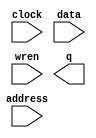
// megafunction wizard: %RAM: 1-PORT%VBB%
// GENERATION: STANDARD
// VERSION: WM1.0
// MODULE: altsyncram 

// ============================================================
// Megafunction Name(s):
// 			altsyncram
//
// Simulation Library Files(s):
// 			altera_mf
// ============================================================
// ************************************************************
// THIS IS A WIZARD-GENERATED FILE. DO NOT EDIT THIS FILE!
//
// 16.1.2 Build 203 01/18/2017 SJ Lite Edition
// ************************************************************

//Copyright (C) 2017  Intel Corporation. All rights reserved.
//Your use of Intel Corporation's design tools, logic functions 
//and other software and tools, and its AMPP partner logic 
//functions, and any output files from any of the foregoing 
//(including device programming or simulation files), and any 
//associated documentation or information are expressly subject 
//to the terms and conditions of the Intel Program License 
//Subscription Agreement, the Intel Quartus Prime License Agreement,
//the Intel MegaCore Function License Agreement, or other 
//applicable license agreement, including, without limitation, 
//that your use is for the sole purpose of programming logic 
//devices manufactured by Intel and sold by Intel or its 
//authorized distributors.  Please refer to the applicable 
//agreement for further details.

module s_memory (
	address,
	clock,
	data,
	wren,
	q);

	input	[7:0]  address;
	input	  clock;
	input	[7:0]  data;
	input	  wren;
	output	[7:0]  q;
`ifndef ALTERA_RESERVED_QIS
// synopsys translate_off
`endif
	tri1	  clock;
`ifndef ALTERA_RESERVED_QIS
// synopsys translate_on
`endif

endmodule

// ============================================================
// CNX file retrieval info
// ============================================================
// Retrieval info: PRIVATE: ADDRESSSTALL_A NUMERIC "0"
// Retrieval info: PRIVATE: AclrAddr NUMERIC "0"
// Retrieval info: PRIVATE: AclrByte NUMERIC "0"
// Retrieval info: PRIVATE: AclrData NUMERIC "0"
// Retrieval info: PRIVATE: AclrOutput NUMERIC "0"
// Retrieval info: PRIVATE: BYTE_ENABLE NUMERIC "0"
// Retrieval info: PRIVATE: BYTE_SIZE NUMERIC "8"
// Retrieval info: PRIVATE: BlankMemory NUMERIC "1"
// Retrieval info: PRIVATE: CLOCK_ENABLE_INPUT_A NUMERIC "0"
// Retrieval info: PRIVATE: CLOCK_ENABLE_OUTPUT_A NUMERIC "0"
// Retrieval info: PRIVATE: Clken NUMERIC "0"
// Retrieval info: PRIVATE: DataBusSeparated NUMERIC "1"
// Retrieval info: PRIVATE: IMPLEMENT_IN_LES NUMERIC "0"
// Retrieval info: PRIVATE: INIT_FILE_LAYOUT STRING "PORT_A"
// Retrieval info: PRIVATE: INIT_TO_SIM_X NUMERIC "0"
// Retrieval info: PRIVATE: INTENDED_DEVICE_FAMILY STRING "Cyclone V"
// Retrieval info: PRIVATE: JTAG_ENABLED NUMERIC "1"
// Retrieval info: PRIVATE: JTAG_ID STRING "S"
// Retrieval info: PRIVATE: MAXIMUM_DEPTH NUMERIC "0"
// Retrieval info: PRIVATE: MIFfilename STRING ""
// Retrieval info: PRIVATE: NUMWORDS_A NUMERIC "256"
// Retrieval info: PRIVATE: RAM_BLOCK_TYPE NUMERIC "2"
// Retrieval info: PRIVATE: READ_DURING_WRITE_MODE_PORT_A NUMERIC "3"
// Retrieval info: PRIVATE: RegAddr NUMERIC "1"
// Retrieval info: PRIVATE: RegData NUMERIC "1"
// Retrieval info: PRIVATE: RegOutput NUMERIC "0"
// Retrieval info: PRIVATE: SYNTH_WRAPPER_GEN_POSTFIX STRING "0"
// Retrieval info: PRIVATE: SingleClock NUMERIC "1"
// Retrieval info: PRIVATE: UseDQRAM NUMERIC "1"
// Retrieval info: PRIVATE: WRCONTROL_ACLR_A NUMERIC "0"
// Retrieval info: PRIVATE: WidthAddr NUMERIC "8"
// Retrieval info: PRIVATE: WidthData NUMERIC "8"
// Retrieval info: PRIVATE: rden NUMERIC "0"
// Retrieval info: LIBRARY: altera_mf altera_mf.altera_mf_components.all
// Retrieval info: CONSTANT: CLOCK_ENABLE_INPUT_A STRING "BYPASS"
// Retrieval info: CONSTANT: CLOCK_ENABLE_OUTPUT_A STRING "BYPASS"
// Retrieval info: CONSTANT: INTENDED_DEVICE_FAMILY STRING "Cyclone V"
// Retrieval info: CONSTANT: LPM_HINT STRING "ENABLE_RUNTIME_MOD=YES,INSTANCE_NAME=S"
// Retrieval info: CONSTANT: LPM_TYPE STRING "altsyncram"
// Retrieval info: CONSTANT: NUMWORDS_A NUMERIC "256"
// Retrieval info: CONSTANT: OPERATION_MODE STRING "SINGLE_PORT"
// Retrieval info: CONSTANT: OUTDATA_ACLR_A STRING "NONE"
// Retrieval info: CONSTANT: OUTDATA_REG_A STRING "UNREGISTERED"
// Retrieval info: CONSTANT: POWER_UP_UNINITIALIZED STRING "FALSE"
// Retrieval info: CONSTANT: RAM_BLOCK_TYPE STRING "M10K"
// Retrieval info: CONSTANT: READ_DURING_WRITE_MODE_PORT_A STRING "NEW_DATA_NO_NBE_READ"
// Retrieval info: CONSTANT: WIDTHAD_A NUMERIC "8"
// Retrieval info: CONSTANT: WIDTH_A NUMERIC "8"
// Retrieval info: CONSTANT: WIDTH_BYTEENA_A NUMERIC "1"
// Retrieval info: USED_PORT: address 0 0 8 0 INPUT NODEFVAL "address[7..0]"
// Retrieval info: USED_PORT: clock 0 0 0 0 INPUT VCC "clock"
// Retrieval info: USED_PORT: data 0 0 8 0 INPUT NODEFVAL "data[7..0]"
// Retrieval info: USED_PORT: q 0 0 8 0 OUTPUT NODEFVAL "q[7..0]"
// Retrieval info: USED_PORT: wren 0 0 0 0 INPUT NODEFVAL "wren"
// Retrieval info: CONNECT: @address_a 0 0 8 0 address 0 0 8 0
// Retrieval info: CONNECT: @clock0 0 0 0 0 clock 0 0 0 0
// Retrieval info: CONNECT: @data_a 0 0 8 0 data 0 0 8 0
// Retrieval info: CONNECT: @wren_a 0 0 0 0 wren 0 0 0 0
// Retrieval info: CONNECT: q 0 0 8 0 @q_a 0 0 8 0
// Retrieval info: GEN_FILE: TYPE_NORMAL s_memory.v TRUE
// Retrieval info: GEN_FILE: TYPE_NORMAL s_memory.inc FALSE
// Retrieval info: GEN_FILE: TYPE_NORMAL s_memory.cmp TRUE
// Retrieval info: GEN_FILE: TYPE_NORMAL s_memory.bsf FALSE
// Retrieval info: GEN_FILE: TYPE_NORMAL s_memory_inst.v FALSE
// Retrieval info: GEN_FILE: TYPE_NORMAL s_memory_bb.v TRUE
// Retrieval info: LIB_FILE: altera_mf